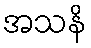
အသနိ